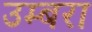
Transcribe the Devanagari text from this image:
उम्बरा